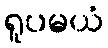
ရူပမယံ